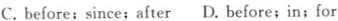
C. before;since;after D. Before;in;for